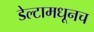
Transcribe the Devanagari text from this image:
डेल्टामधूनच